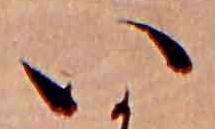
い